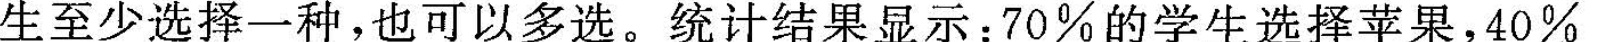
生至少选择一种，也可以多选。统计结果显示：70%的学生选择苹果，40%